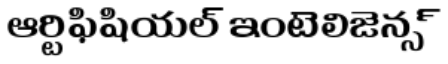
ఆర్టిఫిషియల్ ఇంటెలిజెన్స్